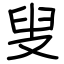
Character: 叟